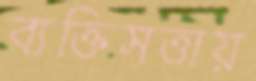
ব্যক্তিসত্তায়